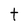
Character: t